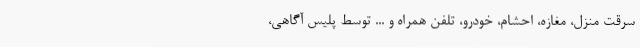
سرقت منزل، مغازه، احشام، خودرو، تلفن همراه و ... توسط پلیس آگاهی،